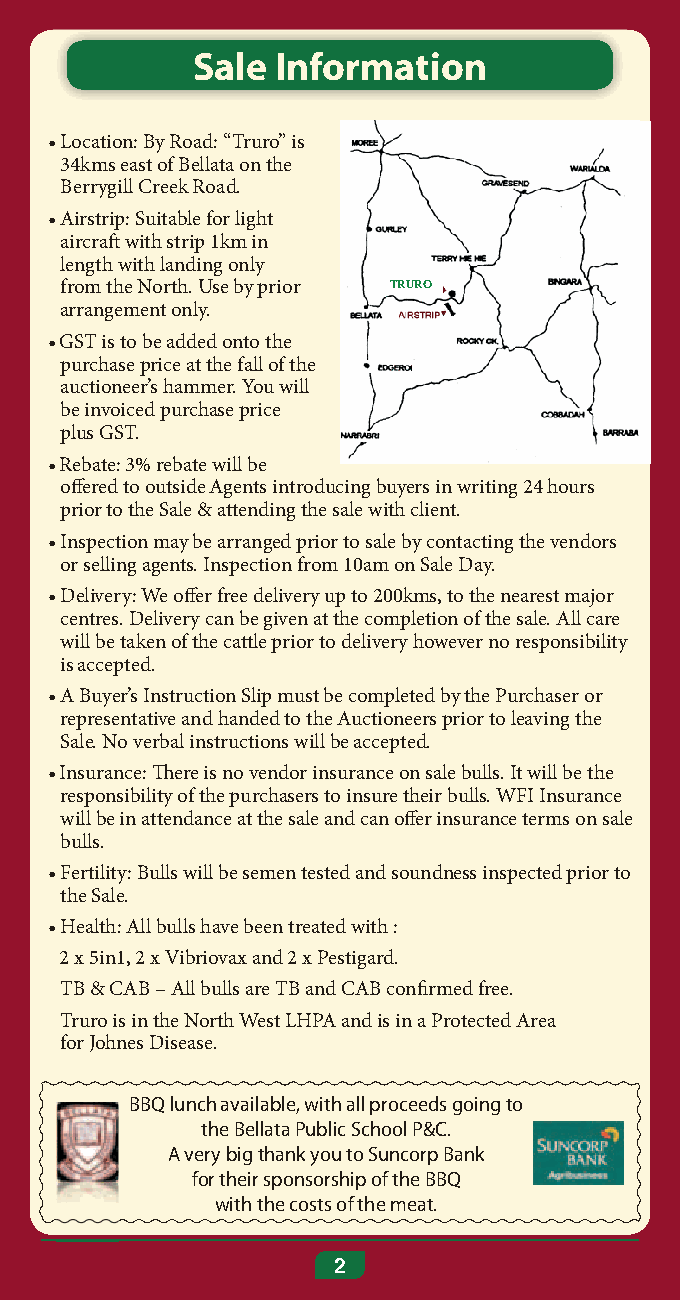
Sale Information
 • Location: By Road: “Truro” is
 34kms east of Bellata on the
 Berrygill Creek Road.
 • Airstrip: Suitable for light
 aircraft with strip 1km in
 length with landing only
 from the North. Use by prior TRURO
 arrangement only.
 • GST is to be added onto the
 purchase price at the fall of the
 auctioneer’s hammer. You will
 be invoiced purchase price
 plus GST.
 • Rebate: 3% rebate will be
 off ered to outside Agents introducing buyers in writing 24 hours
 prior to the Sale & attending the sale with client.
 • Inspection may be arranged prior to sale by contacting the vendors
 or selling agents. Inspection from 10am on Sale Day.
 • Delivery: We off er free delivery up to 200kms, to the nearest major
 centres. Delivery can be given at the completion of the sale. All care
 will be taken of the cattle prior to delivery however no responsibility
 is accepted.
 • A Buyer’s Instruction Slip must be completed by the Purchaser or
 representative and handed to the Auctioneers prior to leaving the
 Sale. No verbal instructions will be accepted.
 • Insurance: Th ere is no vendor insurance on sale bulls. It will be the
 responsibility of the purchasers to insure their bulls. WFI Insurance
 will be in attendance at the sale and can off er insurance terms on sale
 bulls.
 • Fertility: Bulls will be semen tested and soundness inspected prior to
 the Sale.
 • Health: All bulls have been treated with :
 2 x 5in1, 2 x Vibriovax and 2 x Pestigard.
 TB & CAB – All bulls are TB and CAB confi rmed free.
 Truro is in the North West LHPA and is in a Protected Area
 for Johnes Disease.
 BBQ lunch available, with all proceeds going to
 the Bellata Public School P&C.
 A very big thank you to Suncorp Bank
 for their sponsorship of the BBQ
 with the costs of the meat.
 22